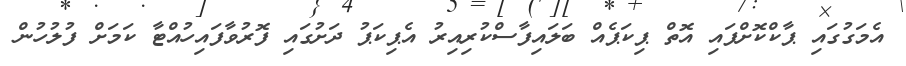
އެމަގުގައި ޕާކްކޮށްފައި އޮތް ޕިކަޕެއް ބަލައިފާސްކުރިއިރު އެޕިކަޕު ދަށުގައި ފޮރުވާފައިހުއްޓާ ކަމަށް ފުލުހުން